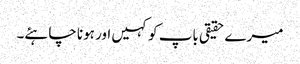
میرے حقیقی باپ کو کہیں اور ہونا چاہئے۔